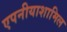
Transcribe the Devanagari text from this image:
एपनीयाशामिल